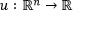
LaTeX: u : \mathbb { R } ^ { n } \to \mathbb { R }